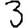
Digit: 3